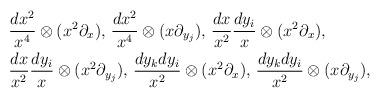
LaTeX: \begin{align*}& \frac{dx^2}{x^4} \otimes (x^2\partial_x), \,\frac{dx^2}{x^4} \otimes (x \partial_{y_j}), \,\frac{dx}{x^2}\frac{dy_i}{x} \otimes (x^2 \partial_x), \\& \frac{dx}{x^2} \frac{dy_i}{x} \otimes (x^2\partial_{y_j}), \,\frac{dy_kdy_i}{x^2} \otimes (x^2\partial_x), \,\frac{dy_kdy_i}{x^2} \otimes (x\partial_{y_j}), \end{align*}